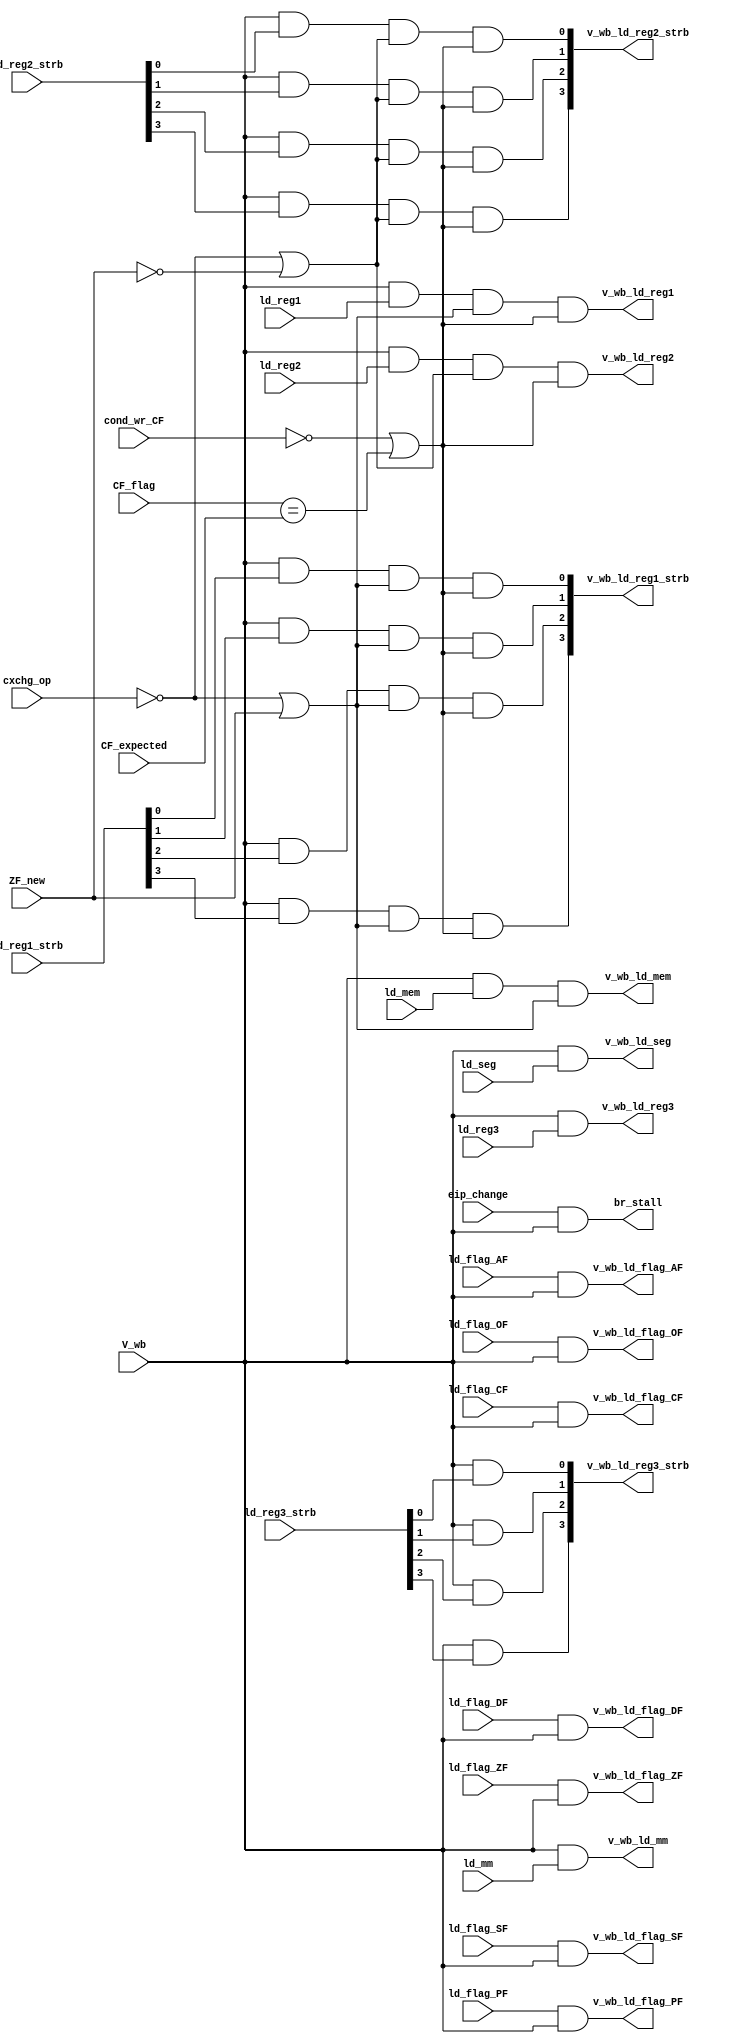
module writeback_loads_gen (
  input       V_wb             ,
  input       CF_expected      ,
  input       cond_wr_CF       ,
  input       CF_flag          ,
  input       cxchg_op         ,
  input       ZF_new           ,
  input       ld_mem           ,
  input       ld_seg           ,
  input       ld_mm            ,
  input       ld_reg1          ,
  input       ld_reg2          ,
  input       ld_reg3          ,
  input[3:0]  ld_reg1_strb     ,
  input[3:0]  ld_reg2_strb     ,
  input[3:0]  ld_reg3_strb     ,
  input       ld_flag_ZF,
  input       ld_flag_AF,
  input       ld_flag_DF,
  input       ld_flag_CF,
  input       ld_flag_PF,
  input       ld_flag_OF,
  input       ld_flag_SF,
  input       eip_change,
                 
  output      br_stall,
  output[3:0] v_wb_ld_reg1_strb,
  output[3:0] v_wb_ld_reg2_strb,
  output[3:0] v_wb_ld_reg3_strb,
  output      v_wb_ld_reg1     ,
  output      v_wb_ld_reg2     ,
  output      v_wb_ld_reg3     ,
  output      v_wb_ld_mm       ,
  output      v_wb_ld_seg      ,
  output      v_wb_ld_mem,     
  output      v_wb_ld_flag_ZF,
  output      v_wb_ld_flag_AF,
  output      v_wb_ld_flag_DF,
  output      v_wb_ld_flag_CF,
  output      v_wb_ld_flag_PF,
  output      v_wb_ld_flag_OF,
  output      v_wb_ld_flag_SF
);

assign br_stall = eip_change & V_wb;

assign v_wb_ld_reg1 = V_wb & ld_reg1 & ((~cxchg_op) || ZF_new) & ((~cond_wr_CF) || (CF_flag==CF_expected));
assign v_wb_ld_reg2 = V_wb & ld_reg2 & ((~cxchg_op) || (~ZF_new)) & ((~cond_wr_CF) || (CF_flag==CF_expected));
assign v_wb_ld_reg3 = V_wb & ld_reg3;
 
genvar i;
generate begin
  for (i=0;i<4;i=i+1) begin : loop1
    assign v_wb_ld_reg1_strb[i] = V_wb & ld_reg1_strb[i] & ((~cxchg_op) || ZF_new) & ((~cond_wr_CF) || (CF_flag==CF_expected));
  end
end
endgenerate

generate begin
  for (i=0;i<4;i=i+1) begin : loop2
    assign v_wb_ld_reg2_strb[i] = V_wb & ld_reg2_strb[i] & ((~cxchg_op) || ~ZF_new) & ((~cond_wr_CF) || (CF_flag==CF_expected));
  end
end
endgenerate

generate begin
  for (i=0;i<4;i=i+1) begin : loop3
    assign v_wb_ld_reg3_strb[i] = V_wb & ld_reg3_strb[i]; 
  end
end
endgenerate

assign v_wb_ld_mm = V_wb & ld_mm;
assign v_wb_ld_seg = V_wb & ld_seg;

assign v_wb_ld_mem = V_wb & ld_mem & ((~cxchg_op) || ZF_new);

assign  v_wb_ld_flag_ZF = ld_flag_ZF & V_wb;
assign  v_wb_ld_flag_AF = ld_flag_AF & V_wb;
assign  v_wb_ld_flag_DF = ld_flag_DF & V_wb;
assign  v_wb_ld_flag_CF = ld_flag_CF & V_wb;
assign  v_wb_ld_flag_PF = ld_flag_PF & V_wb;
assign  v_wb_ld_flag_OF = ld_flag_OF & V_wb;
assign  v_wb_ld_flag_SF = ld_flag_SF & V_wb;

endmodule